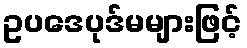
ဥပဒေပုဒ်မများဖြင့်